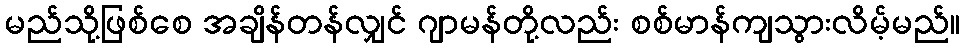
မည်သို့ဖြစ်စေ အချိန်တန်လျှင် ဂျာမန်တို့လည်း စစ်မာန်ကျသွားလိမ့်မည်။